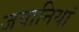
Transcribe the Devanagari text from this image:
जवानियां